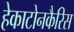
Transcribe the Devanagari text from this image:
हेकाटोनकैरिस